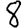
Digit: 8